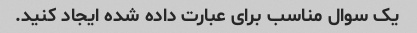
یک سوال مناسب برای عبارت داده شده ایجاد کنید.